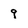
Character: 9